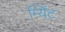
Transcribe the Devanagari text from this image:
म्यिंट